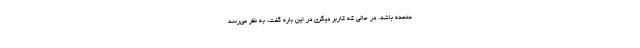
متحده باشد. در حالی که کاربر دیگری در این باره گفت: به نظر می‌رسد